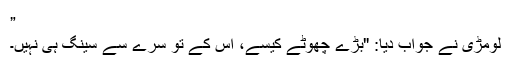
”
لومڑی نے جواب دیا: "بڑے چھوٹے کیسے، اس کے تو سرے سے سینگ ہی نہیں۔